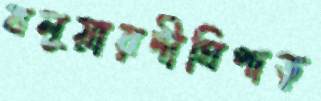
বলুয়ারদীঘিপাড়